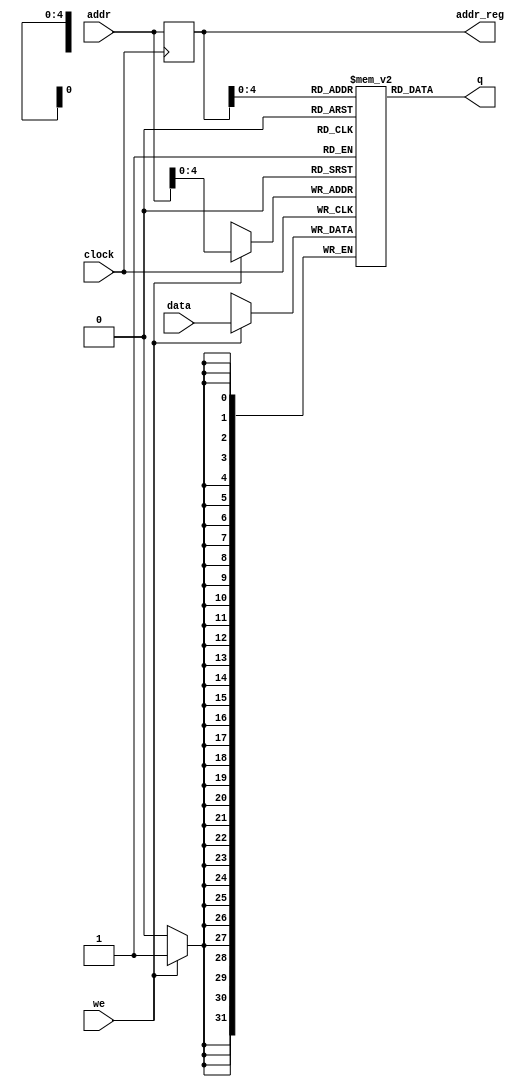
// Quartus II Verilog Template

// Single port RAM with single read/write address module single_port_ram
`timescale 1ns / 10 ps

module single_port_ram
#(parameter DATA_WIDTH = 32, parameter ADDR_WIDTH = 32)
	(
	input [(DATA_WIDTH-1):0] data,
	input [(ADDR_WIDTH-1):0] addr,
	input we, clock,
	output [(DATA_WIDTH-1):0] q,
	output reg [(ADDR_WIDTH-1):0] addr_reg
);
// Declare the RAM variable

	reg [DATA_WIDTH-1:0] ram [ADDR_WIDTH-1:0];

	// Variable to hold the registered read address 
	//reg [ADDR_WIDTH-1:0] addr_reg;
	always @ (posedge clock) 
	begin
		// Write 
		if (we)
			ram[addr] <= data;
			addr_reg <= addr;
	end
	// Continuous assignment implies read returns NEW data. This is the natural behavior of the TriMatrix memory 
	// blocks in Single Port mode
	//assign q = ram[addr];
	assign q = ram[addr_reg];
endmodule